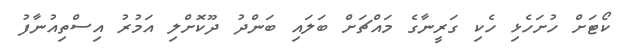
ކޯޓަށް ހުށަހެޅި ހެކި ގަރީނާގެ މައްޗަށް ބަލައި ބަންދު ދޫކޮށްލި އަމުރު އިސްތިއުނާފު